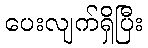
ပေးလျက်ရှိပြီး